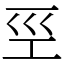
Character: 巠